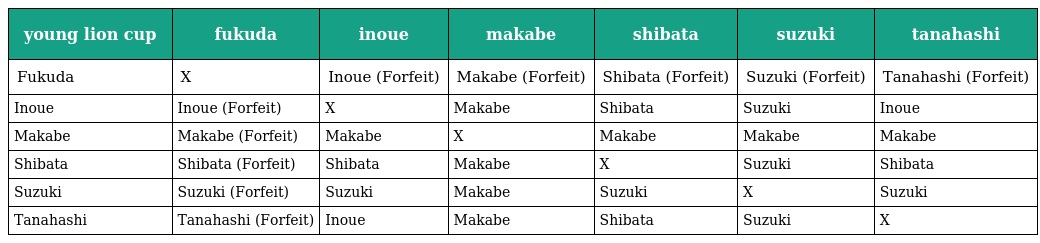
| young lion cup | fukuda | inoue | makabe | shibata | suzuki | tanahashi |
 | --- | --- | --- | --- | --- | --- | --- |
 | Fukuda | X | Inoue (Forfeit) | Makabe (Forfeit) | Shibata (Forfeit) | Suzuki (Forfeit) | Tanahashi (Forfeit) |
 | Inoue | Inoue (Forfeit) | X | Makabe | Shibata | Suzuki | Inoue |
 | Makabe | Makabe (Forfeit) | Makabe | X | Makabe | Makabe | Makabe |
 | Shibata | Shibata (Forfeit) | Shibata | Makabe | X | Suzuki | Shibata |
 | Suzuki | Suzuki (Forfeit) | Suzuki | Makabe | Suzuki | X | Suzuki |
 | Tanahashi | Tanahashi (Forfeit) | Inoue | Makabe | Shibata | Suzuki | X |